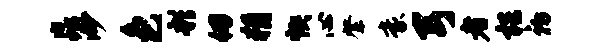
淼渺色彩仞猾怏心綮豪弓者梏初